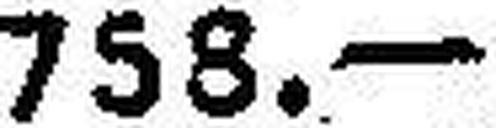
758.—